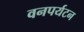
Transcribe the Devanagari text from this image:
वनपर्यटन